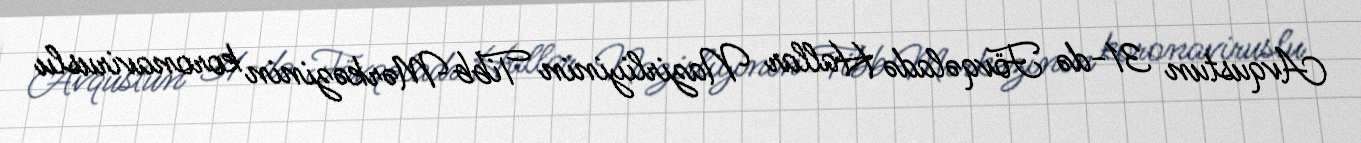
Avqustun 31-də Fövqəladə Hallar Nazirliyinin Tibb Mərkəzinin koronaviruslu